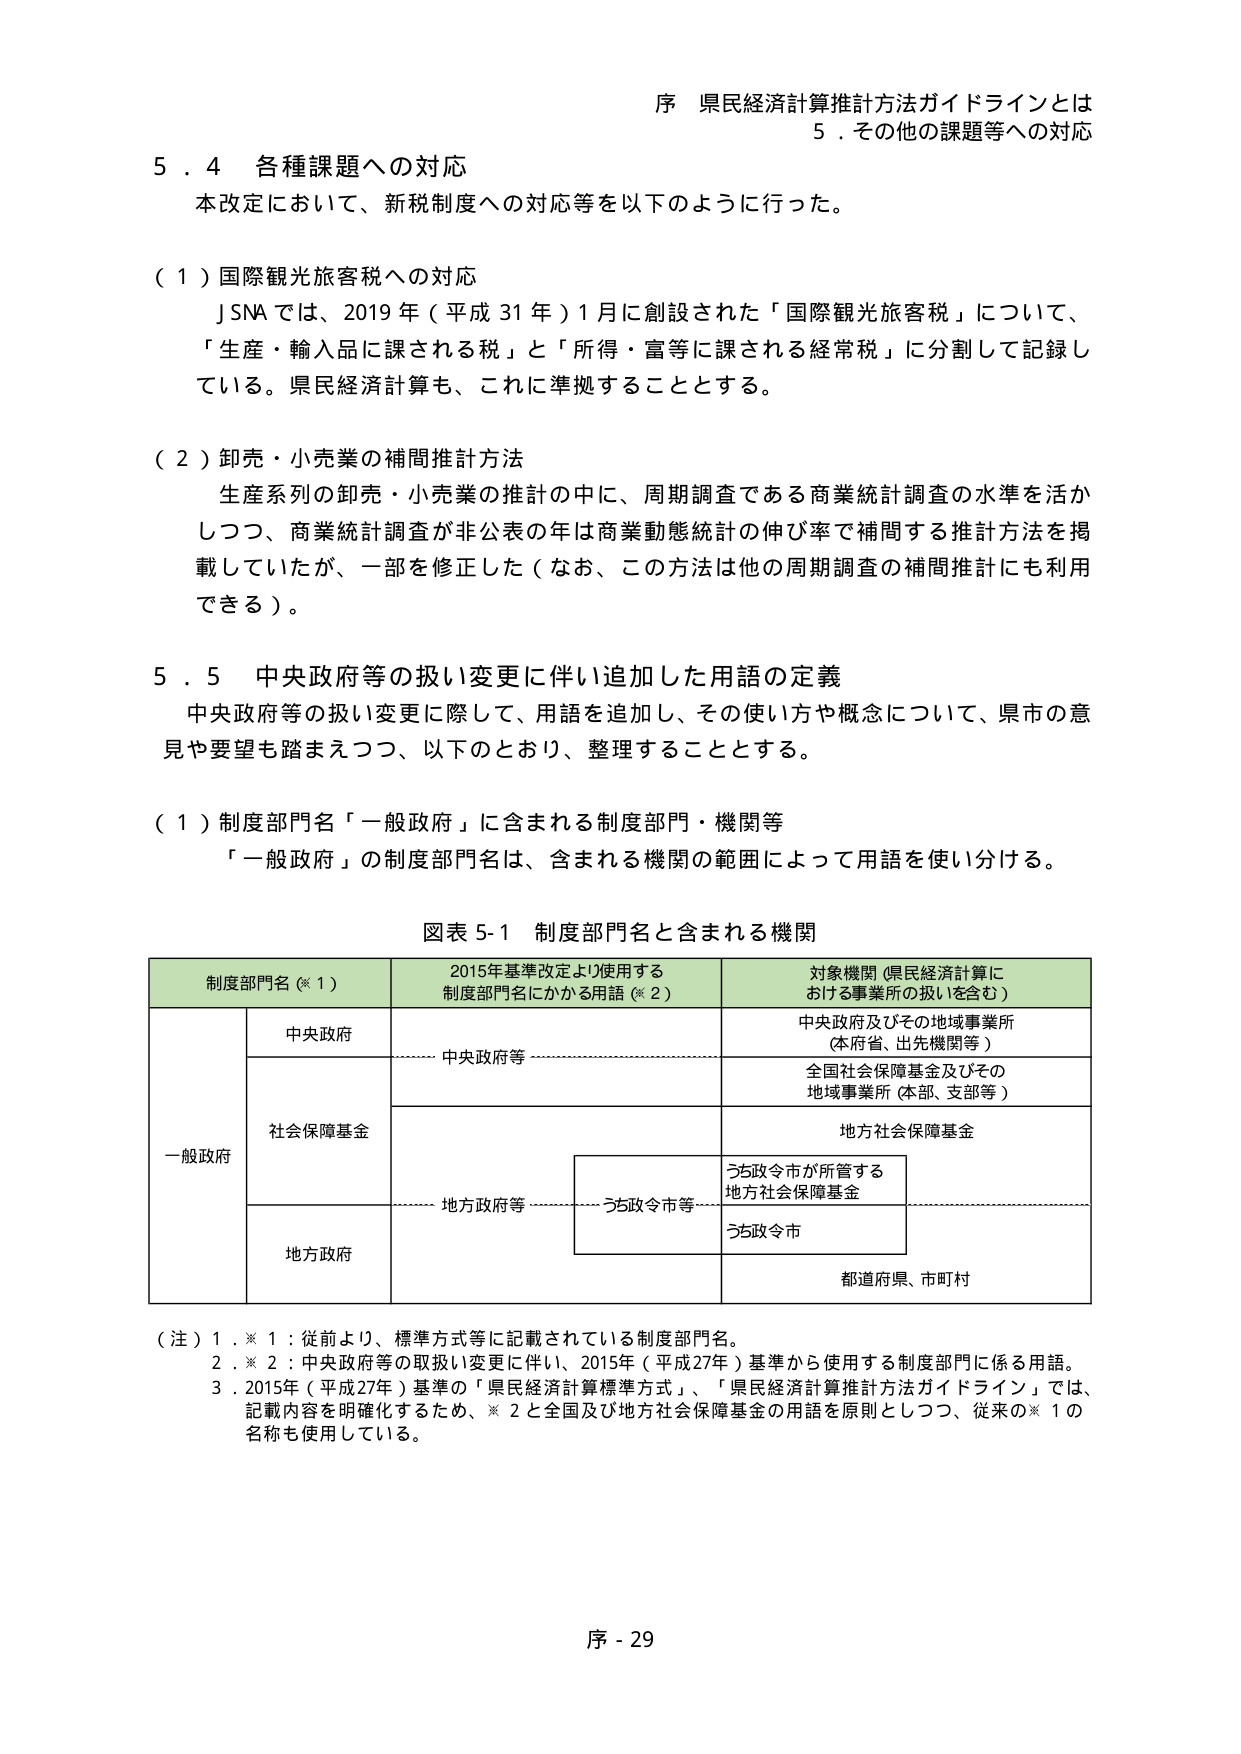
序 県民経済計算推計方法ガイドラインとは
5．その他の課題等への対応

5．4 各種課題への対応
本改定において、新税制度への対応等を以下のように行った。

（１）国際観光旅客税への対応
　JNAでは、2019年（平成31年）1月に創設された「国際観光旅客税」について、
「生産・輸入品に課される税」と「所得・富等に課される経常税」に分割して記録し
ている。県民経済計算も、これに準拠することとする。

（２）卸売・小売業の補間推計方法
　生産系列の卸売・小売業の推計の中に、周期調査である商業統計調査の水準を活か
しつつ、商業統計調査が非公表の年は商業動態統計の伸び率で補間する推計方法を掲
載していたが、一部を修正した（なお、この方法は他の周期調査の補間推計にも利用
できる）。

5．5 中央政府等の扱い変更に伴い追加した用語の定義
　中央政府等の扱い変更に際して、用語を追加し、その使い方や概念について、県市の意
見や要望も踏まえつつ、以下のとおり、整理することとする。

（１）制度部門名「一般政府」に含まれる制度部門・機関等
　「一般政府」の制度部門名は、含まれる機関の範囲によって用語を使い分ける。

図表5-1 制度部門名と含まれる機関

| 制度部門名（※1） | 2015年基準改定より使用する制度部門名にかかる用語（※2） | 対象機関（県民経済計算における事業所の扱いを含む） |
|--------------------|--------------------------------------------------------|--------------------------------------------------|
| 一般政府           | 中央政府                                               | 中央政府及びその地域事業所（本府省、出先機関等） |
|                    | 中央政府等                                             | 全国社会保障基金及びその地域事業所（本部、支部等） |
|                    | 社会保障基金                                           | 地方社会保障基金                                 |
|                    | 地方政府等                                             | うち政令市が所管する地方社会保障基金             |
|                    | 地方政府                                               | うち政令市                                         |
|                    |                                                      | 都道府県、市町村                                 |

（注）1．※1：従前より、標準方式等に記載されている制度部門名。
　　2．※2：中央政府等の取扱い変更に伴い、2015年（平成27年）基準から使用する制度部門に係る用語。
　　3．2015年（平成27年）基準の「県民経済計算標準方式」、「県民経済計算推計方法ガイドライン」では、
　　記載内容を明確化するため、※2と全国及び地方社会保障基金の用語を原則としつつ、従来の※1の
　　名称も使用している。

序 - 29